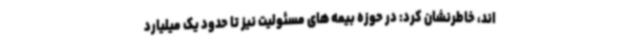
اند، خاطرنشان کرد: در حوزه بیمه های مسئولیت نیز تا حدود یک میلیارد